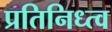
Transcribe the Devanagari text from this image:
प्रतिनिध्त्व